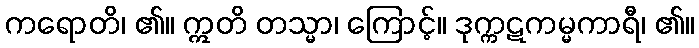
ကရောတိ၊ ၏။ ဣတိ တသ္မာ၊ ကြောင့်။ ဒုက္ကဋကမ္မကာရီ၊ ၏။